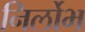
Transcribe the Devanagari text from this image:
निर्लोभ